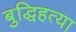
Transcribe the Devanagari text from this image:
बुद्धिहत्या